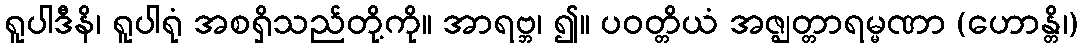
ရူပါဒီနိ၊ ရူပါရုံ အစရှိသည်တို့ကို။ အာရဗ္ဘ၊ ၍။ ပဝတ္တိယံ အဇ္ဈတ္တာရမ္မဏာ (ဟောန္တိ၊)